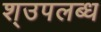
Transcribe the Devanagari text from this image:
श्उपलब्ध